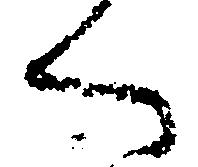
へ